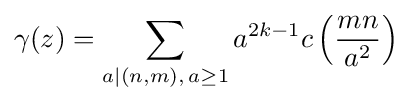
\gamma (z)=\sum _{a|(n,m),\,a\geq 1}a^{2k-1}c\left({\frac {mn}{a^{2}}}\right)